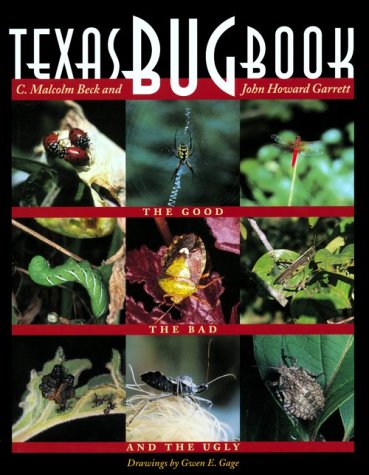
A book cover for Texas Bug Book: The Good, the Bad, and the Ugly; Malcolm Beck; Sports & Outdoors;